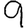
Digit: 9